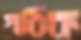
গঠিক